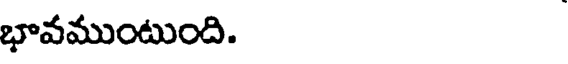
భావముంటుంది.